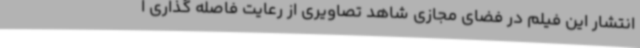
انتشار این فیلم در فضای مجازی شاهد تصاویری از رعایت فاصله گذاری ا